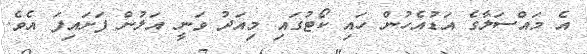
އެ މައްސަލާގެ އަޑުއެހުން ހައި ކޯޓުގައި މިއަދު ވަނީ އަލުން ފަށައިފަ އެވެ.